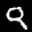
Label: 9